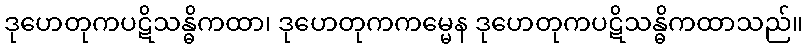
ဒုဟေတုကပဋိသန္ဓိကထာ၊ ဒုဟေတုကကမ္မေန ဒုဟေတုကပဋိသန္ဓိကထာသည်။